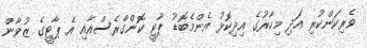
ވެރިކަންކުރި އަދި މިހާރުގެ އިދިކޮޅު އެންމެބޮޑު ޕާޓީ ކޮންގްރެސްއާއި އެ ޕާޓީގެ ޒުވާން